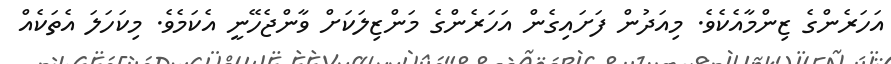
އަހަރެންގެ ޒިންމާއެކެވެ. މިއަދުން ފަށައިގެން އަހަރެންގެ މަންޒިލަކަށް ވާންޖެހޭނީ އެކަމެވެ. މިކަހަލަ އެތަކެއް